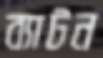
ব্যাটন